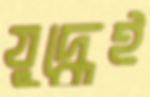
যুদ্ধেই